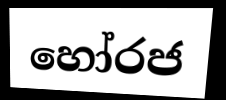
හෝරජ